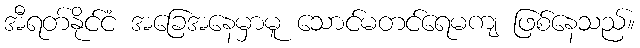
အီရတ်နိုင်ငံ အခြေအနေမှာမူ သောင်မတင်ရေမကျ ဖြစ်နေသည်။